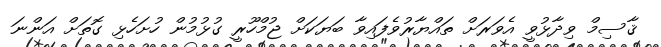
ޤާސިމް ވިދާޅުވީ އެވަރަށް ތައްޔާރުވެފައިވާ ބަޔަކަށް ޖުމްހޫރީ ގުޅުމުން ހުށަހެޅި ގޮތަށް އަންނަ